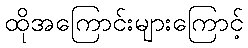
ထိုအကြောင်းများကြောင့်